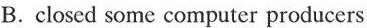
B.closed some computer producers